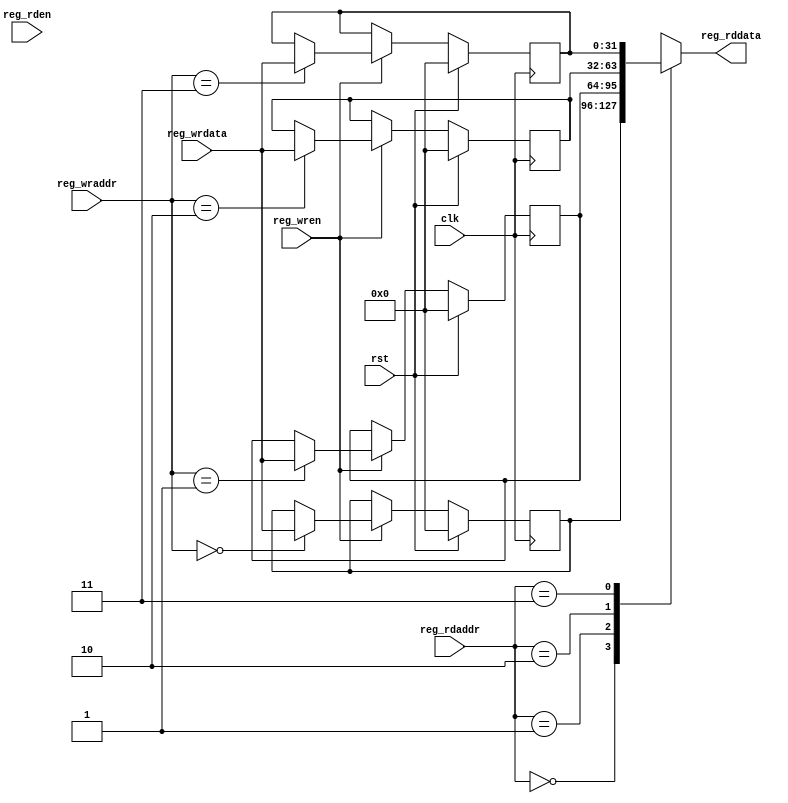

module registers_example (
  input         clk,
  input         rst,
  input         reg_wren,
  input   [1:0] reg_wraddr,
  input  [31:0] reg_wrdata,
  input         reg_rden,
  input   [1:0] reg_rdaddr,
  output [31:0] reg_rddata
);

  reg [31:0] reg0;
  reg [31:0] reg1;
  reg [31:0] reg2;
  reg [31:0] reg3;
  reg [31:0] reg_mux;

  always @(*) begin
    case (reg_rdaddr)
      2'h0 : reg_mux <= reg0;
      2'h1 : reg_mux <= reg1;
      2'h2 : reg_mux <= reg2;
      2'h3 : reg_mux <= reg3;
      default : reg_mux <= 0;
    endcase
  end
  assign reg_rddata = reg_mux;

  always @(posedge clk) begin
    if (rst) begin
      reg0 <= 32'h0;
      reg1 <= 32'h0;
      reg2 <= 32'h0;
      reg3 <= 32'h0;
    end else begin
      if (reg_wren) begin
        case (reg_wraddr)
          2'h0: reg0 <= reg_wrdata;
          2'h1: reg1 <= reg_wrdata;
          2'h2: reg2 <= reg_wrdata;
          2'h3: reg3 <= reg_wrdata;
          default : begin
            reg0 <= reg0;
            reg1 <= reg1;
            reg2 <= reg2;
            reg3 <= reg3;
          end
        endcase
      end
    end
  end

endmodule